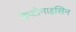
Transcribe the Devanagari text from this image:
डेप्टोमाइसिन